Report of an investigation into the causes of the diseases known in Assam as Kála-Azár and Beri-Beri
Disease focus: Beri-Beri
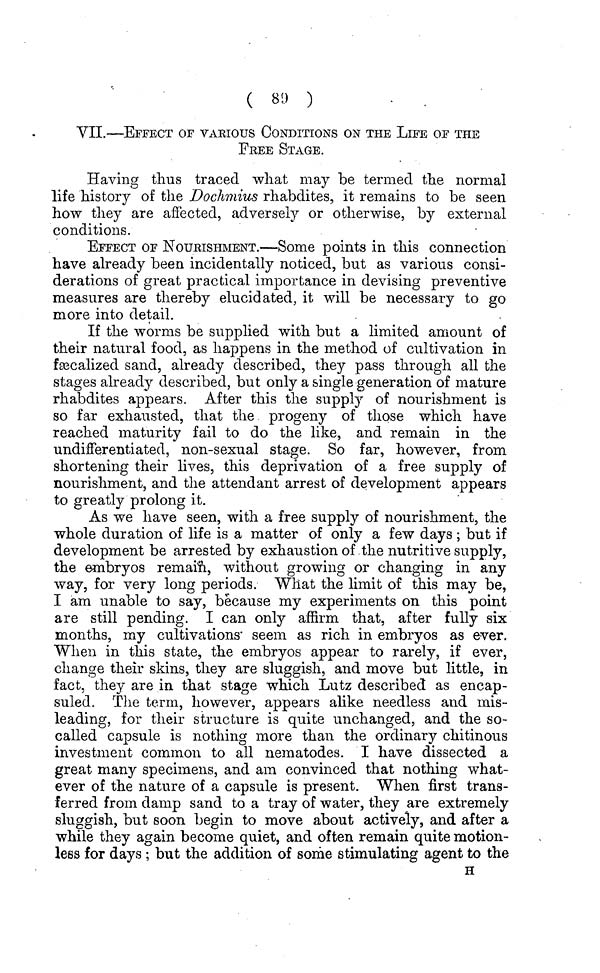
( 89 )
VII.—EFFECT OF VARIOUS CONDITIONS ON THE LIFE OF THE
FREE STAGE.
Having thus traced what may be termed the normal
life history of the Doclimius rhabdites, it remains to be seen
how they are affected, adversely or otherwise, by external
conditions.
EFFECT OF NOURISHMENT.—Some points in this connection
have already been incidentally noticed, but as various consi-
derations of great practical importance in devising preventive
measures are thereby elucidated, it will be necessary to go
more into detail.
If the worms be supplied with but a limited amount of
their natural food, as happens in the method of cultivation in
feecalized sand, already described, they pass through all the
stages already described, but only a single generation of mature
rhabdites appears. After this the supply of nourishment is
so far exhausted, that the progeny of those which have
reached maturity fail to do the like, and remain in the
undifferentiated, non-sexual stage. So far, however, from
shortening their lives, this deprivation of a free supply of
nourishment, and the attendant arrest of development appears
to greatly prolong it.
As we have seen, with a free supply of nourishment, the
whole duration of life is a matter of only a few days ; but if
development be arrested by exhaustion of the nutritive supply,
the embryos remain, without growing or changing in any
way, for very long periods. What the limit of this may be,
I am unable to say, because my experiments on this point
are still pending. I can only affirm that, after fully six
months, my cultivations seem as rich in embryos as ever.
When in this state, the embryos appear to rarely, if ever,
change their skins, they are sluggish, and move but little, in
fact, they are in that stage which Lutz described as encap-
suled. The term, however, appears alike needless and mis-
leading, for their structure is quite unchanged, and the so-
called capsule is nothing more than the ordinary chitinous
investment common to all nematodes. I have dissected a
great many specimens, and am convinced that nothing what-
ever of the nature of a capsule is present. When first trans-
ferred from damp sand to a tray of water, they are extremely
sluggish, but soon begin to move about actively, and after a
while they again become quiet, and often remain quite motion-
less for days ; but the addition of some stimulating agent to the
H